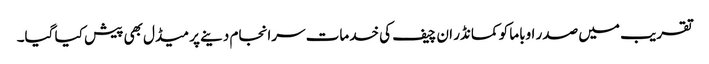
تقریب میں صدر اوباما کو کمانڈر ان چیف کی خدمات سرانجام دینے پر میڈل بھی پیش کیا گیا۔